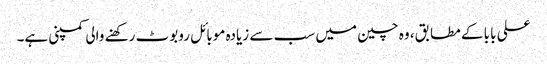
علی بابا کے مطابق، وہ چین میں سب سے زیادہ موبائل روبوٹ رکھنے والی کمپنی ہے۔